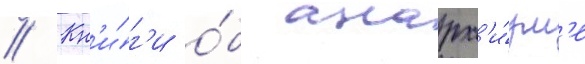
// Кн'и́г'и о́б анарх'и́зм'е